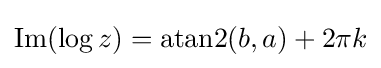
\operatorname {Im} (\log z)=\operatorname {atan2} (b,a)+2\pi k